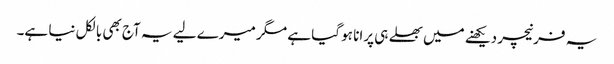
یہ فرنیچر دیکھنے میں بھلے ہی پرانا ہو گیا ہے مگر میرے لیے یہ آج بھی بالکل نیا ہے۔